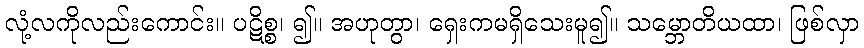
လုံ့လကိုလည်းကောင်း။ ပဋိစ္စ၊ ၍။ အဟုတွာ၊ ရှေးကမရှိသေးမူ၍။ သမ္ဘောတိယထာ၊ ဖြစ်လှာ